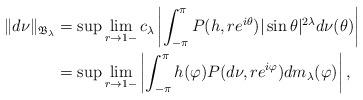
LaTeX: \begin{align*}\|d\nu\|_{{\frak B_{\lambda}}}&=\sup\lim_{r\rightarrow1-}c_{\lambda}\left|\int_{-\pi}^{\pi}P(h,re^{i\theta})|\sin\theta|^{2\lambda}d\nu(\theta)\right|\\&=\sup\lim_{r\rightarrow1-}\left|\int_{-\pi}^{\pi}h(\varphi)P(d\nu,re^{i\varphi})dm_{\lambda}(\varphi)\right|,\end{align*}